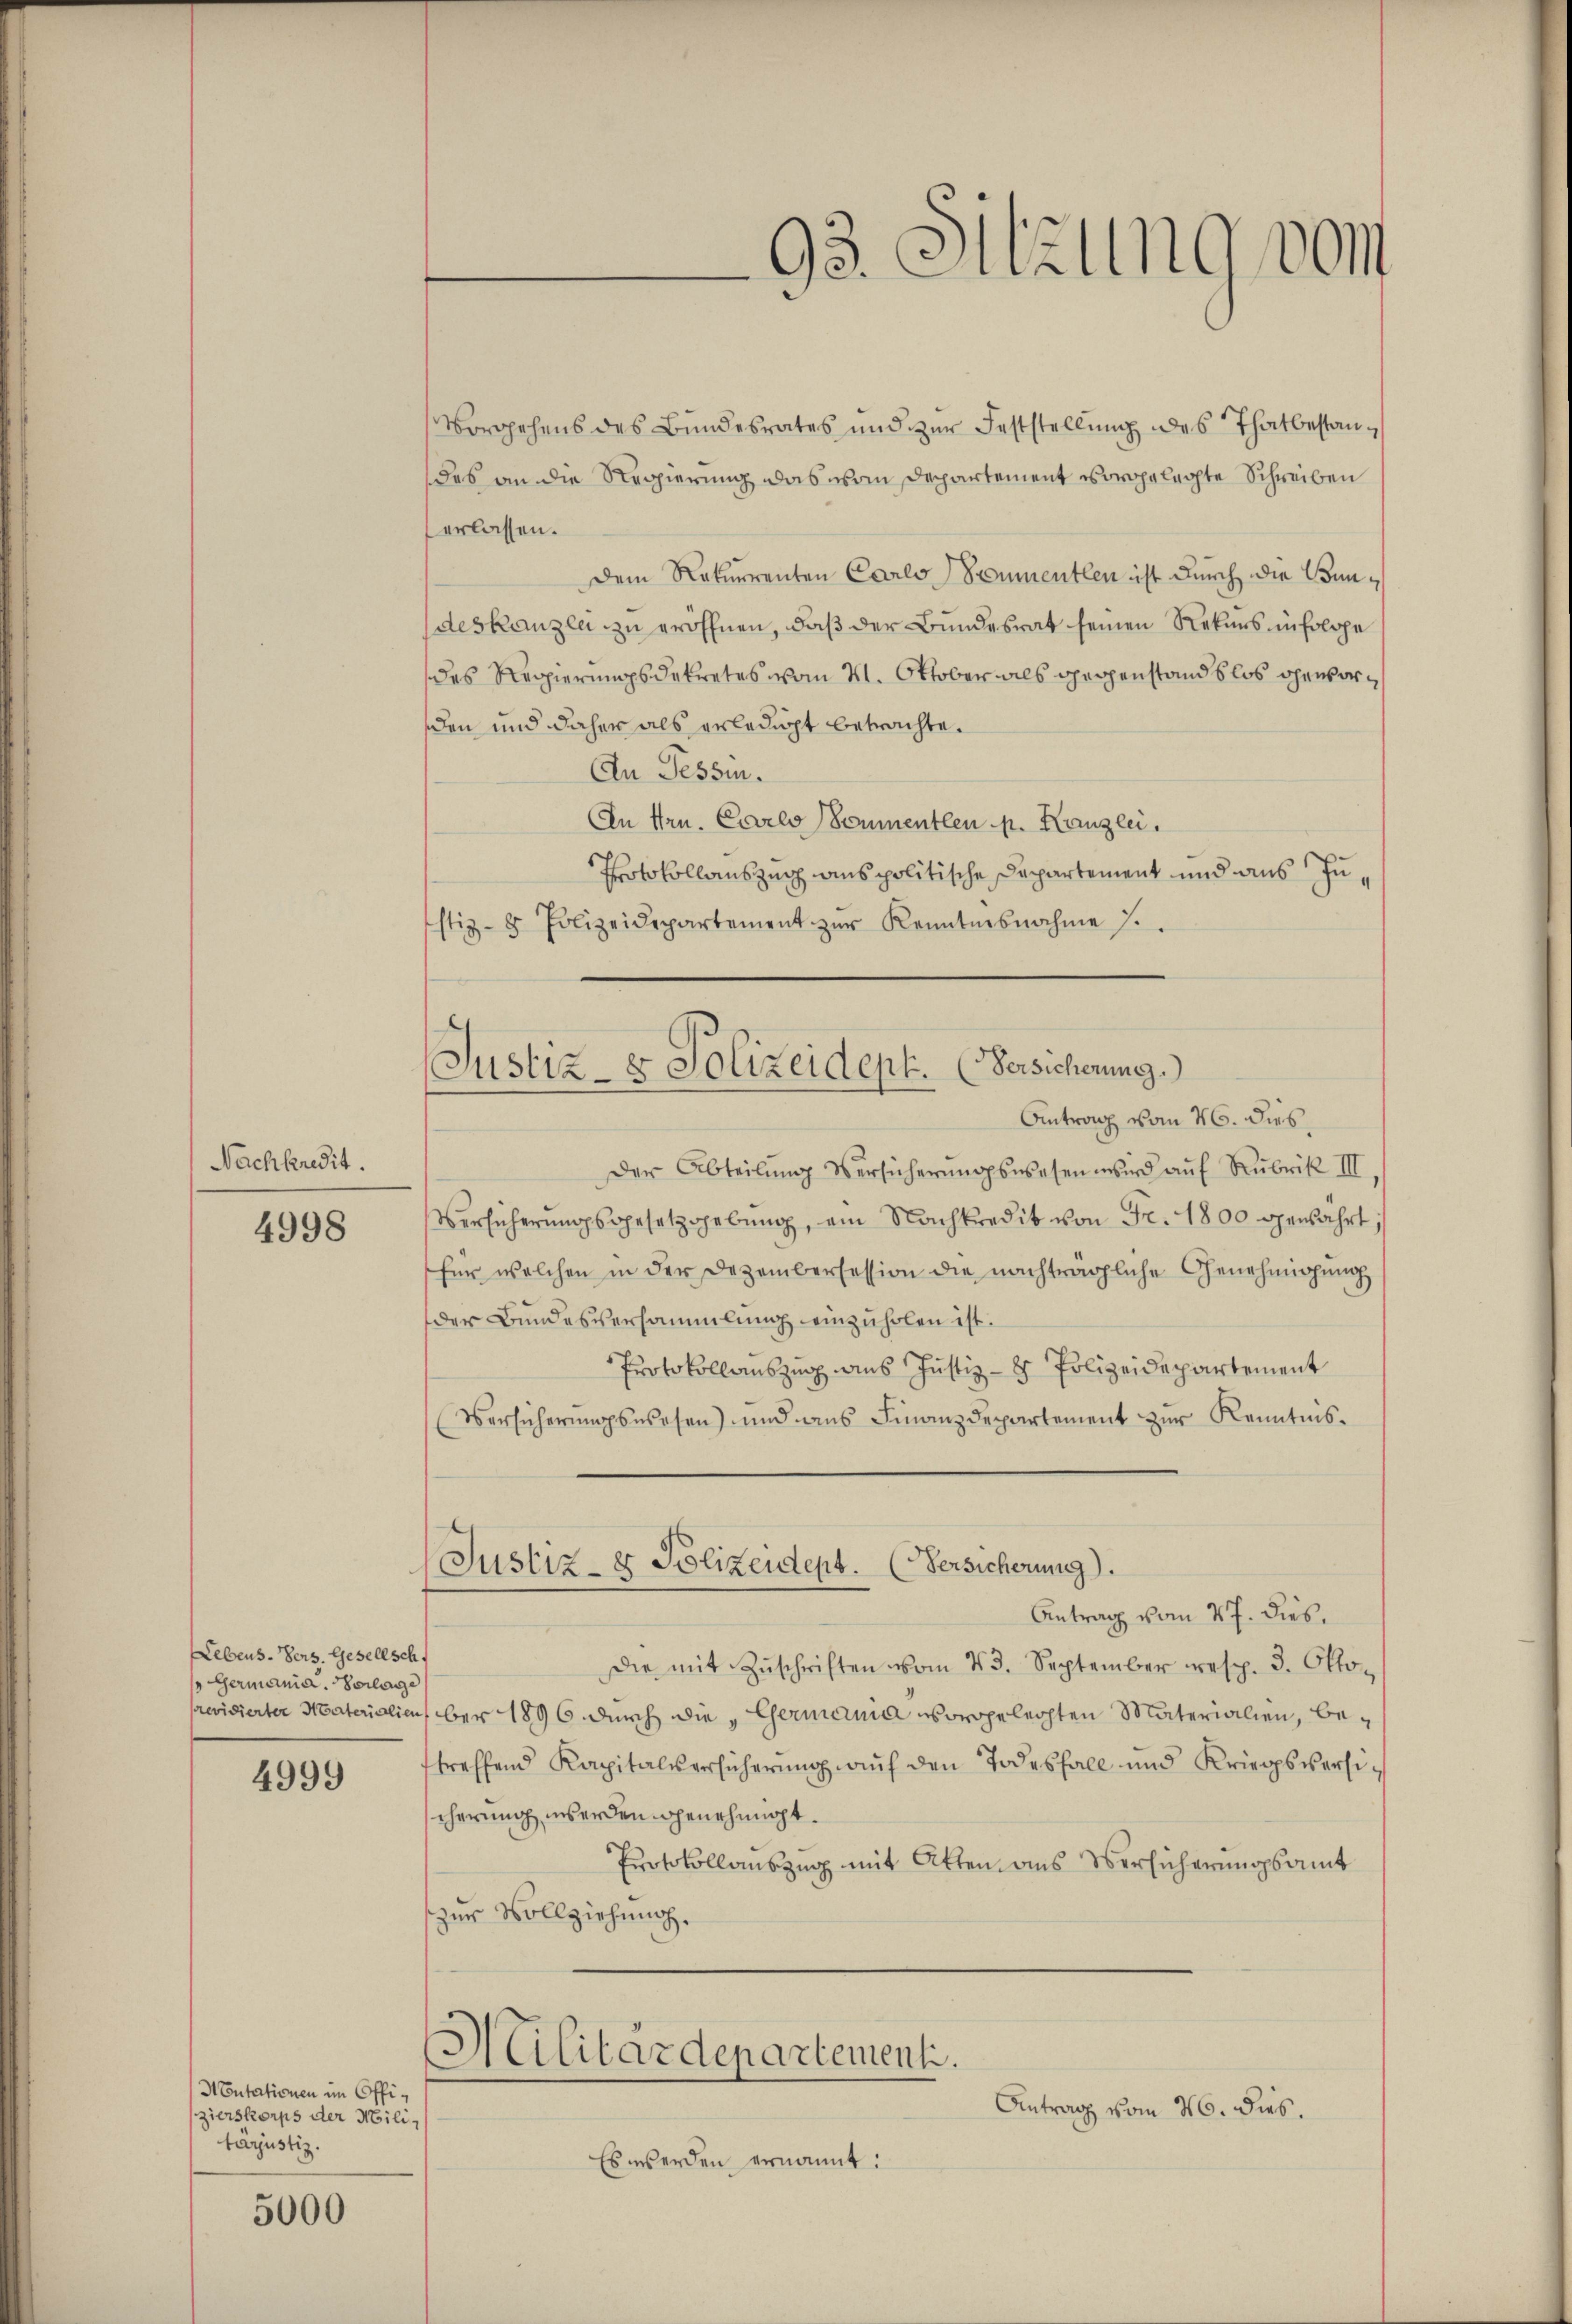
Nachkredit.

4998

Lebens-Verz. Gesellsch
Germania. Vorlage
Previdierter Naterialien

4999

Mutationen im Offizierskorps der Miliz
tárjustiz.

5000

Justiz- & Polizeidept. (Versicherung.)

93. Sitzung vom

Vorgehens des Bundesrates und zur Feststellung des Thatbestandes an die Regierung das von Departement vorgelegte Schreiben
erlassen.
Dem Rekurrenten Carls Sommentlen ist durch die Bundeskanzlei zu eröffnen, daß der Bundesrat seinen Rekurs infolge
des Regierungsdekretes vom 21. Oktober als Gegenstandslos geworden und daher als erledigt betrachte.
An Tessin.
An Hrn. Carlo (Sommentlen p. Kanzlei.
Protokollauszug aus politische Departement und aus Zustiz- & Polizeidepartement zŭr Kenntnisnahme 7.
Antrag vom 26. dies,
Der Abteilŭng Versicherŭngswesen wird aŭf Rubrik III.
Versicherŭngsgesetzgebung, am Nachkredit von Fr. 1800 gewahrt,
für welchen in der Dezembersession die nachträgliche Genehmigung
der Bundesversammlung einzuholen ist.
Protokollauszug aus Justiz- & Polizeidepartement
Versicherungswesen) und ans Finanzdepartement zur Kenntnis¬
Justiz- & Polizeidept. (Versicherung).
Antrag vom 27. dies,
die mit Zŭschriften vom 23. September resp. 3. Oktober 1896 durch die „Germania vorgelegten Materialien, betreffend Kapitalsersicherŭng aŭf den Todesfall und Kriegsversi-
scherung werden genehmigt.
Protokollauszug mit Atten aus Versicherungsamt
zur Vollziehung.
Militärdepartement.
Antrag vom 26. dies.
Es werden ernannt: